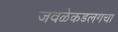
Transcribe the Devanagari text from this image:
जवळेकडलगचा